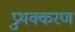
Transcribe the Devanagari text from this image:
प्रुथक्करण